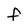
Character: F